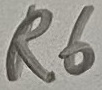
Text: R6